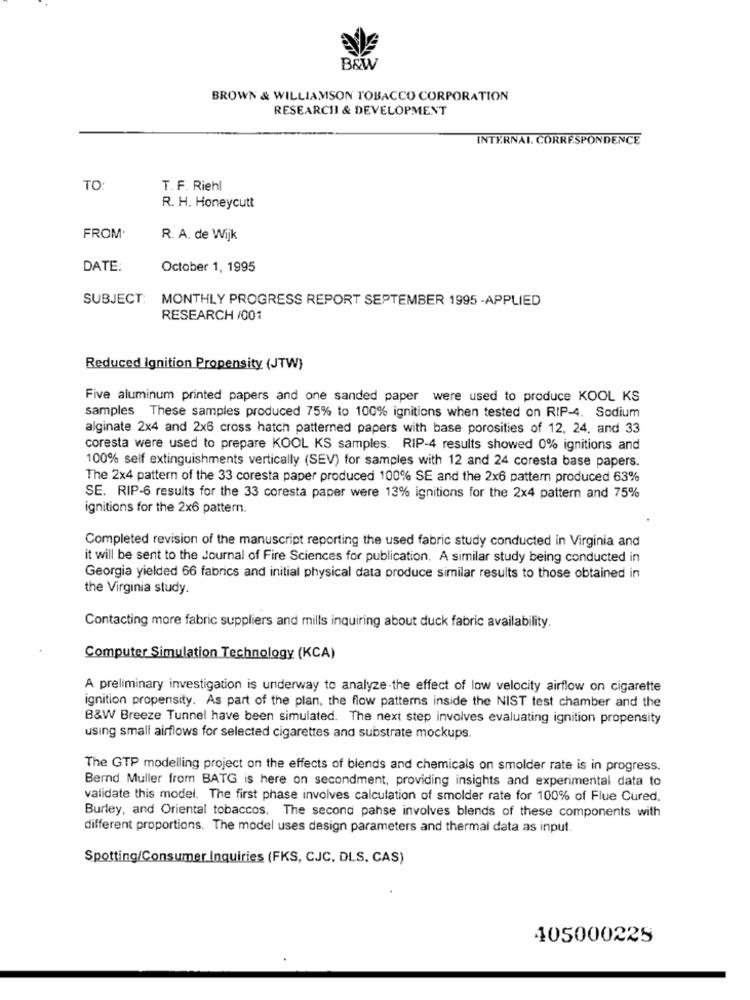
B&W
BROWN & WILLIAMSON TOBACCO CORPORATION
RESEARCH & DEVELOPMENT
INTERNAI. CORRESPONDENCE
TO
T. F. Riehl
R. H. Honeycutt
FROM
R. A. de Wijk
DATE:
October 1, 1995
SUBJECT: MONTHLY PROGRESS REPORT SEPTEMBER 1995 -APPLIED
RESEARCH /001
Reduced Ignition Propensity (JTW)
Five aluminum printed papers and one sanded paper were used to produce KOOL KS
samples These samples produced 75% to 100% ignitions when tested on RIP-4. Sodium
alginate 2x4 and 2x6 cross hatch patterned papers with base porosities of 12. 24. and 33
coresta were used to prepare KOOL KS samples. RIP-4 results showed 0% ignitions and
100% self extinguishments vertically (SEV) for samples with 12 and 24 coresta base papers.
The 2x4 pattern of the 33 coresta paper produced 100% SE and the 2x6 pattern produced 63%
SE. RIP-6 results for the 33 coresta paper were 13% ignitions for the 2×4 pattern and 75%
ignitions for the 2x6 pattern.
Completed revision of the manuscript reporting the used fabric study conducted in Virginia and
it will be sent to the Journal of Fire Sciences for publication, A similar study being conducted in
Georgia yielded 66 fabrics and initial physical data produce similar results to those obtained in
the Virginia study.
Contacting more fabric suppliers and mills inquiring about duck fabric availability.
Computer Simulation Technology (KCA)
A preliminary investigation is underway to analyze the effect of low velocity airflow on cigarette
ignition propensity. As part of the plan, the flow patterns inside the NIST test chamber and the
B&W Breeze Tunnel have been simulated. The next step involves evaluating ignition propensity
using small airflows for selected cigarettes and substrate mockups.
The GTP modelling project on the effects of biends and chemicals on smolder rate is in progress.
Bernd Muller from BATG is here on secondment, providing insights and experimental data to
validate this model. The first phase involves calculation of smolder rate for 100% of Flue Cured.
Burley, and Oriental tobaccos. The second pahse involves blends of these components with
different proportions. The model uses design parameters and thermal data as input.
Spotting/Consumer Inquiries (FKS, CJC, DLS. CAS)
405000225